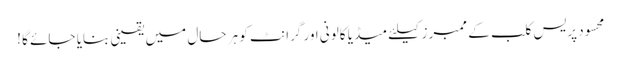
محسود پریس کلب کے ممبرز کیلئے میڈیا کالونی اور گرانٹ کو ہر حال میں یقینی بنایا جائے گا !